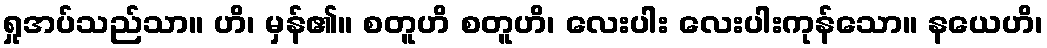
ရှုအပ်သည်သာ။ ဟိ၊ မှန်၏။ စတူဟိ စတူဟိ၊ လေးပါး လေးပါးကုန်သော။ နယေဟိ၊